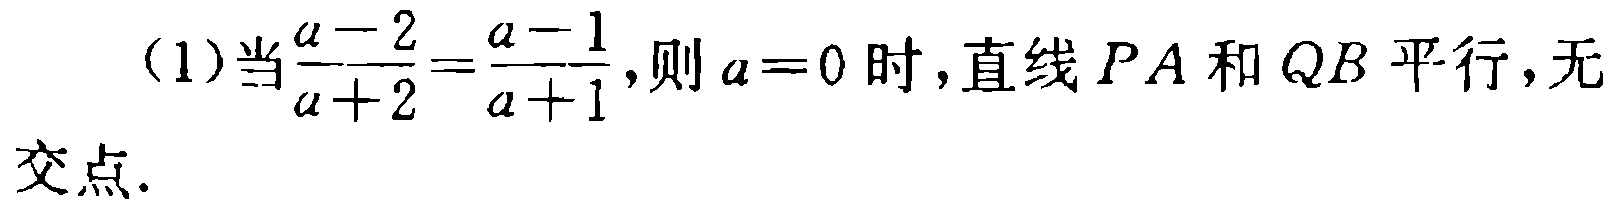
（1）当$\frac{a - 2}{a + 2}=\frac{a - 1}{a + 1}$,则$a = 0$时，直线$PA$和$QB$平行，无交点.